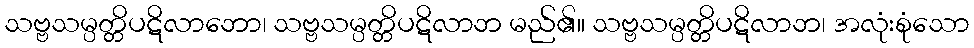
သဗ္ဗသမ္ပတ္တိပဋိလာဘော၊ သဗ္ဗသမ္ပတ္တိပဋိလာဘ မည်၏။ သဗ္ဗသမ္ပတ္တိပဋိလာဘ၊ အလုံးစုံသော